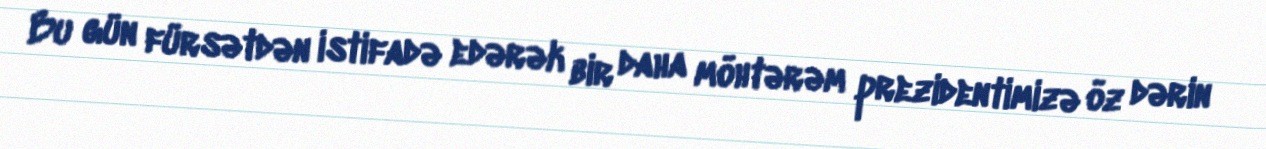
Bu gün fürsətdən istifadə edərək bir daha möhtərəm prezidentimizə öz dərin